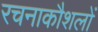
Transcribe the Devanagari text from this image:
रचनाकौशलों